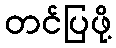
တင်ပြဖို့